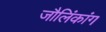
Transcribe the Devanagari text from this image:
जौलिंकांग